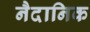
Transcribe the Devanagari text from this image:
नैदानिक